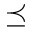
\preceq